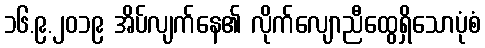
၁၆.၉.၂၀၁၉ အိပ်လျက်နေ၏ လိုက်လျောညီထွေရှိသောပုံစံ